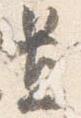
置